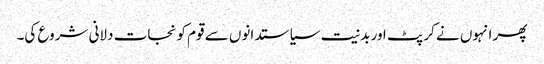
پھر انہوں نے کرپٹ اور بدنیت سیاستدانوں سے قوم کو نجات دلانی شروع کی۔